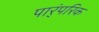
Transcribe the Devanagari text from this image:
पार्ंपरिक